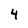
Character: 4